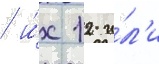
/ и́х 12 и́л'и